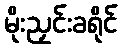
မိုးညှင်းခရိုင်